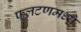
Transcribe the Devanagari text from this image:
फलटणमध्ये